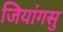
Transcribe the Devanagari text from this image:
जियांगसु